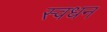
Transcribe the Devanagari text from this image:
स्वधन